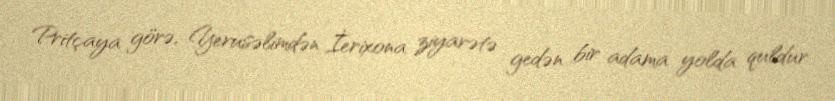
Pritçaya görə, Yerusəlimdən İerixona ziyarətə gedən bir adama yolda quldur